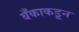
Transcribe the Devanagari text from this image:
बँकाकडून